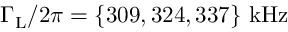
\Gamma _ { \mathrm { L } } / 2 \pi = \mathrm { \{ 3 0 9 , 3 2 4 , 3 3 7 \} \, \, k H z }